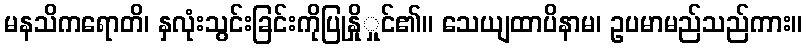
မနသိကရောတိ၊ နှလုံးသွင်းခြင်းကိုပြုနှိုှုင်၏။ သေယျထာပိနာမ၊ ဥပမာမည်သည်ကား။